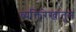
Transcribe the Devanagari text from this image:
व्यक्तिरेखांतून